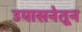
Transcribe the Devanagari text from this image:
उपासनेतून